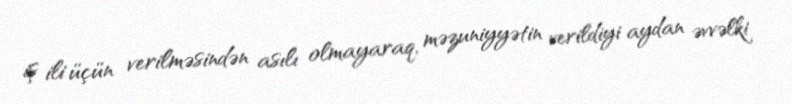
iş ili üçün verilməsindən asılı olmayaraq, məzuniyyətin verildiyi aydan əvvəlki